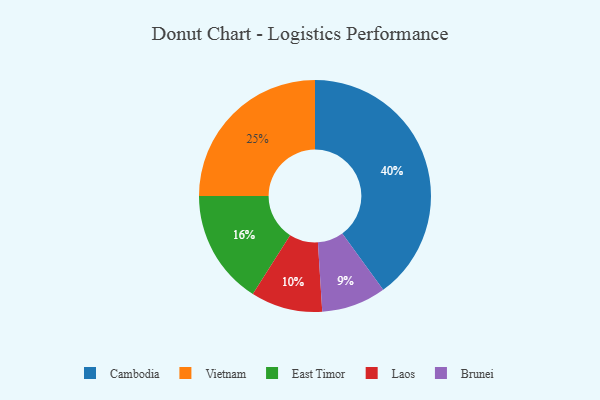
{"axis": {"x": "Category", "y": "Percentage"}, "legend": ["Brunei", "Cambodia", "East Timor", "Laos", "Vietnam"], "data": [{"x": "Laos", "y": 10, "type": "Laos"}, {"x": "Cambodia", "y": 40, "type": "Cambodia"}, {"x": "Vietnam", "y": 25, "type": "Vietnam"}, {"x": "East Timor", "y": 16, "type": "East Timor"}, {"x": "Brunei", "y": 9, "type": "Brunei"}]}